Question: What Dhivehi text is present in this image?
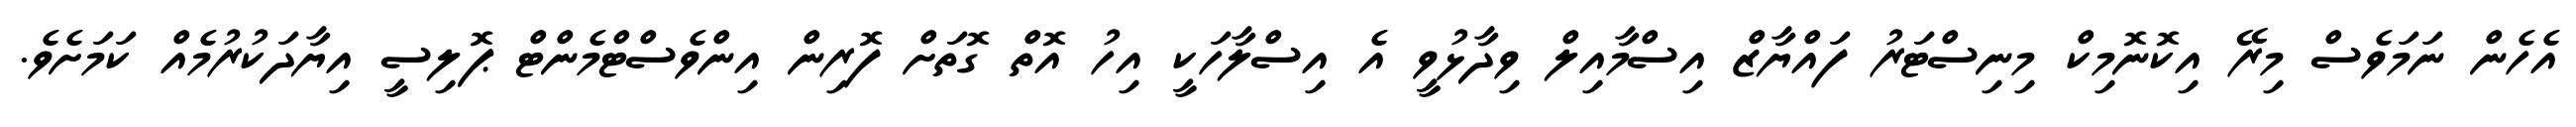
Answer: އެހެން ނަމަވެސް މިރޭ އިކޮނޮމިކް މިނިސްޓަރު ފައްޔާޒް އިސްމާއިލް ވިދާޅުވީ އެ އިސްލާހަކީ އިހު އޮތް ގޮތަށް ފޮރިން އިންވެސްޓްމެންޓް ޕޮލިސީ އިޔާދަކުރުމެއް ކަމަށެވެ.